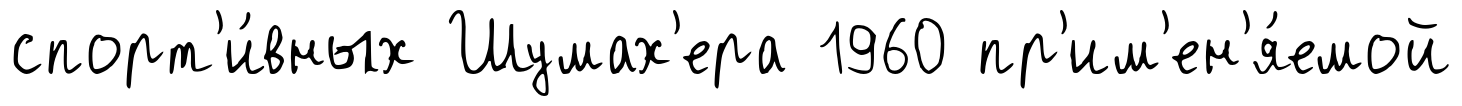
спорт'и́вных Шумах'ера 1960 пр'им'ен'я́емой